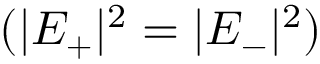
( | E _ { + } | ^ { 2 } = | E _ { - } | ^ { 2 } )